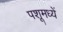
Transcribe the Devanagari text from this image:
पशूमध्यें